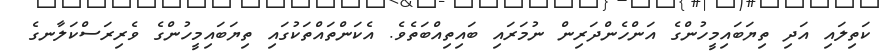
ކަތިލައި އަދި ތިޔަބައިމީހުންގެ އަންހެންދަރިން ނުމަރައި ބައިތިއްބަތެވެ. އެކަންތައްތަކުގައި ތިޔަބައިމީހުންގެ ވެރިރަސްކަލާނގެ